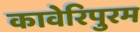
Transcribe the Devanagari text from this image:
कावेरिपुरम